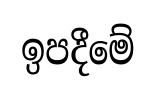
ඉපදීමේ